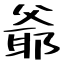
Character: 爺